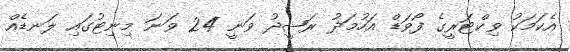
އެކަމަކު ވިކްޓަރީގެ ފޯވަޑް އަހުމަދު ރަޝީދު ވަނީ 24 ވަނަ މިނިޓުގައި ލަނޑެއް